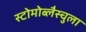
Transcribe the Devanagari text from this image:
स्टोमोब्लैस्चुला